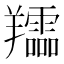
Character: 𦏪